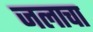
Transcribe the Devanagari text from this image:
जलाचा